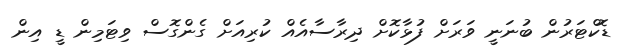
ޑޮކްޓަރުން ބުނަނީ ވަރަށް ފުޅާކޮށް ދިރާސާއެއް ކުރިއަށް ގެންގޮސް ވިޓަމިން ޑީ އިން